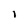
Character: I